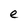
Character: e